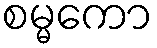
စမ္မကော